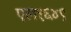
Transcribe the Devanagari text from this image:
एल१६४९